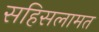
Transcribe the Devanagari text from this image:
सहिसलामत